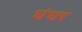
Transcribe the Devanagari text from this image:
घंघर